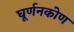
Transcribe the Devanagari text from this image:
घूर्णनकोण